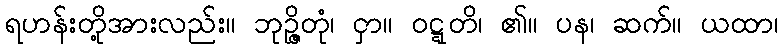
ရဟန်းတို့အားလည်း။ ဘုဉ္ဇိတုံ၊ ငှာ။ ဝဋ္ဋတိ၊ ၏။ ပန၊ ဆက်။ ယထာ၊